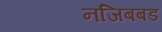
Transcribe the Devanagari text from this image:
नजिबबड